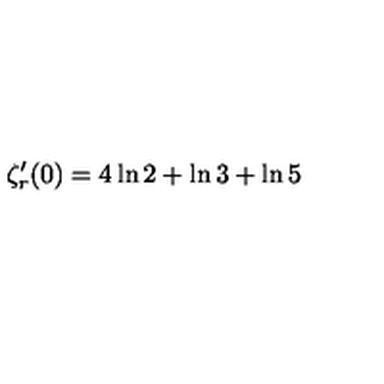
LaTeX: \zeta _ { r } ^ { \prime } ( 0 ) = 4 \ln 2 + \ln 3 + \ln 5